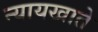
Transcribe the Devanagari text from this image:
न्यायखाते